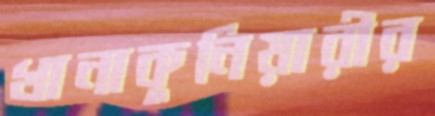
খানাকুনিয়ারীর